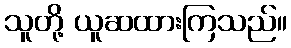
သူတို့ ယူဆထားကြသည်။